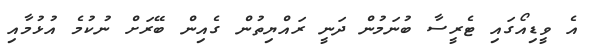
އެ ވީޑިއޯގައި ޓެރީސާ ބުނަމުން ދަނީ ރައްޔިތުން ގެއިން ބޭރަށް ނުކުމެ އުޅުމާއި